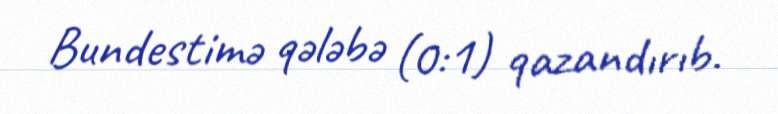
Bundestimə qələbə (0:1) qazandırıb.